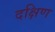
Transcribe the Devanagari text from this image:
दक्षिण्‍ा